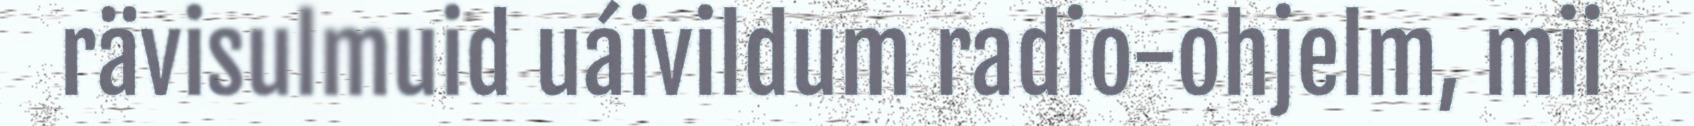
rävisulmuid uáivildum radio-ohjelm, mii